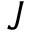
J